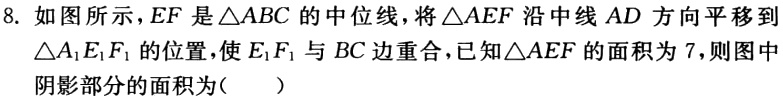
8. 如图所示，$EF$是$\triangle ABC$的中位线，将$\triangle AEF$沿中线$AD$方向平移到$\triangle A_{1}E_{1}F_{1}$的位置，使$E_{1}F_{1}$与$BC$边重合，已知$\triangle AEF$的面积为$7$，则图中阴影部分的面积为(  )